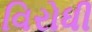
વિરોધી